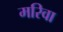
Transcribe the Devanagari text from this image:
मरिवा